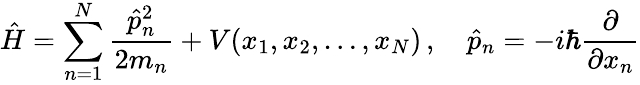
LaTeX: {\hat{H}}=\sum_{n=1}^{N}{\frac{{\hat{p}}_{n}^{2}}{2m_{n}}}+V(x_{1},x_{2},\ldots,x_{N})\, ,\quad{\hat{p}}_{n}=-i\hbar{\frac{\partial}{\partial x_{n}}}